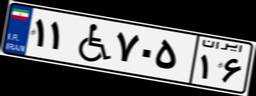
۱۱W۷۰۵۱۶